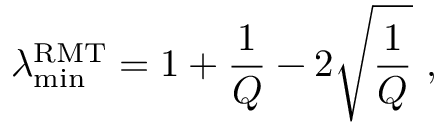
\lambda _ { \operatorname* { m i n } } ^ { \mathrm { R M T } } = 1 + \frac { 1 } { Q } - 2 \sqrt { \frac { 1 } { Q } } ~ ,